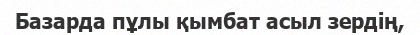
Базарда пұлы қымбат асыл зердің,